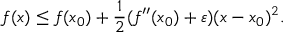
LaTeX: f ( x ) \leq f ( x _ { 0 } ) + { \frac { 1 } { 2 } } ( f ^ { \prime \prime } ( x _ { 0 } ) + \varepsilon ) ( x - x _ { 0 } ) ^ { 2 } .